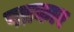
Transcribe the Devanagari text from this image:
पप्रकार